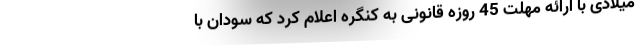
میلادی با ارائه مهلت 45 روزه قانونی به کنگره اعلام کرد که سودان با